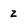
Character: z